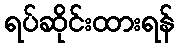
ရပ်ဆိုင်းထားရန်